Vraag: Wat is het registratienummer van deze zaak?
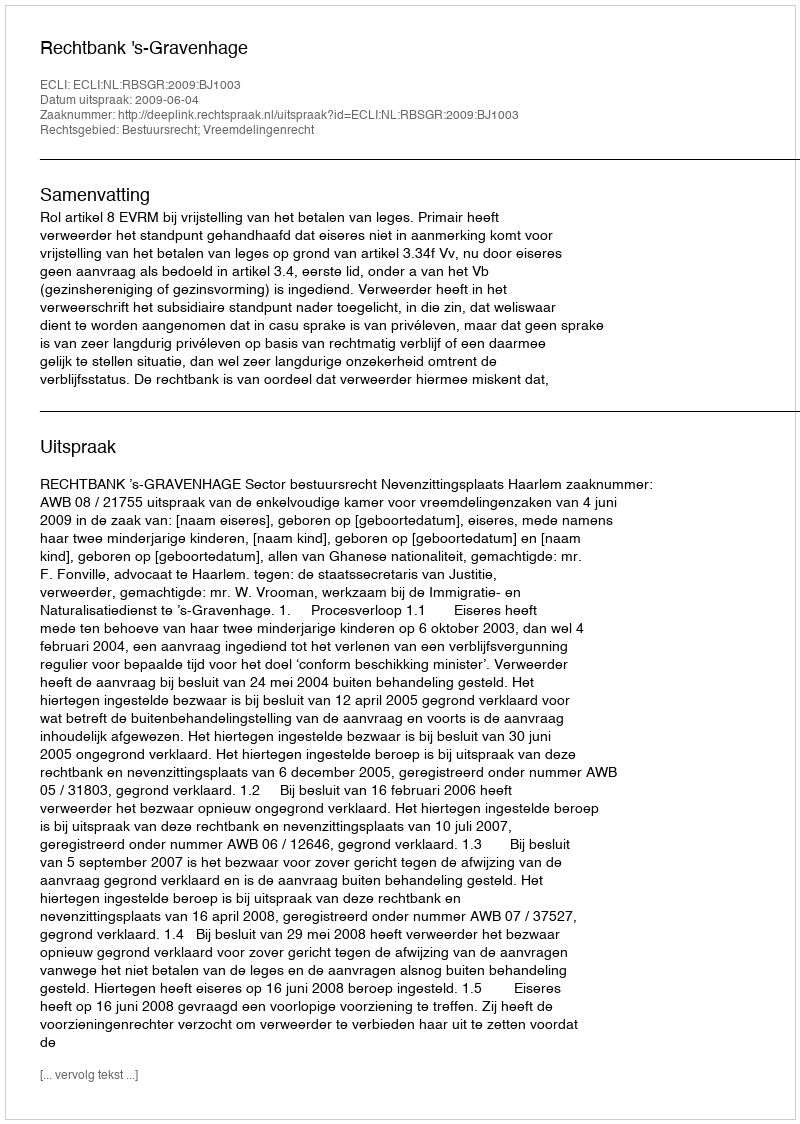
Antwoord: http://deeplink.rechtspraak.nl/uitspraak?id=ECLI:NL:RBSGR:2009:BJ1003